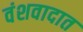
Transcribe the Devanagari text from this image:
वंशवादात